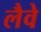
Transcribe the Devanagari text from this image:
लैवे